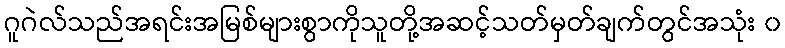
ဂူဂဲလ်သည်အရင်းအမြစ်များစွာကိုသူတို့အဆင့်သတ်မှတ်ချက်တွင်အသုံး ၀